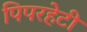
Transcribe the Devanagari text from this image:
पिपरहेटी